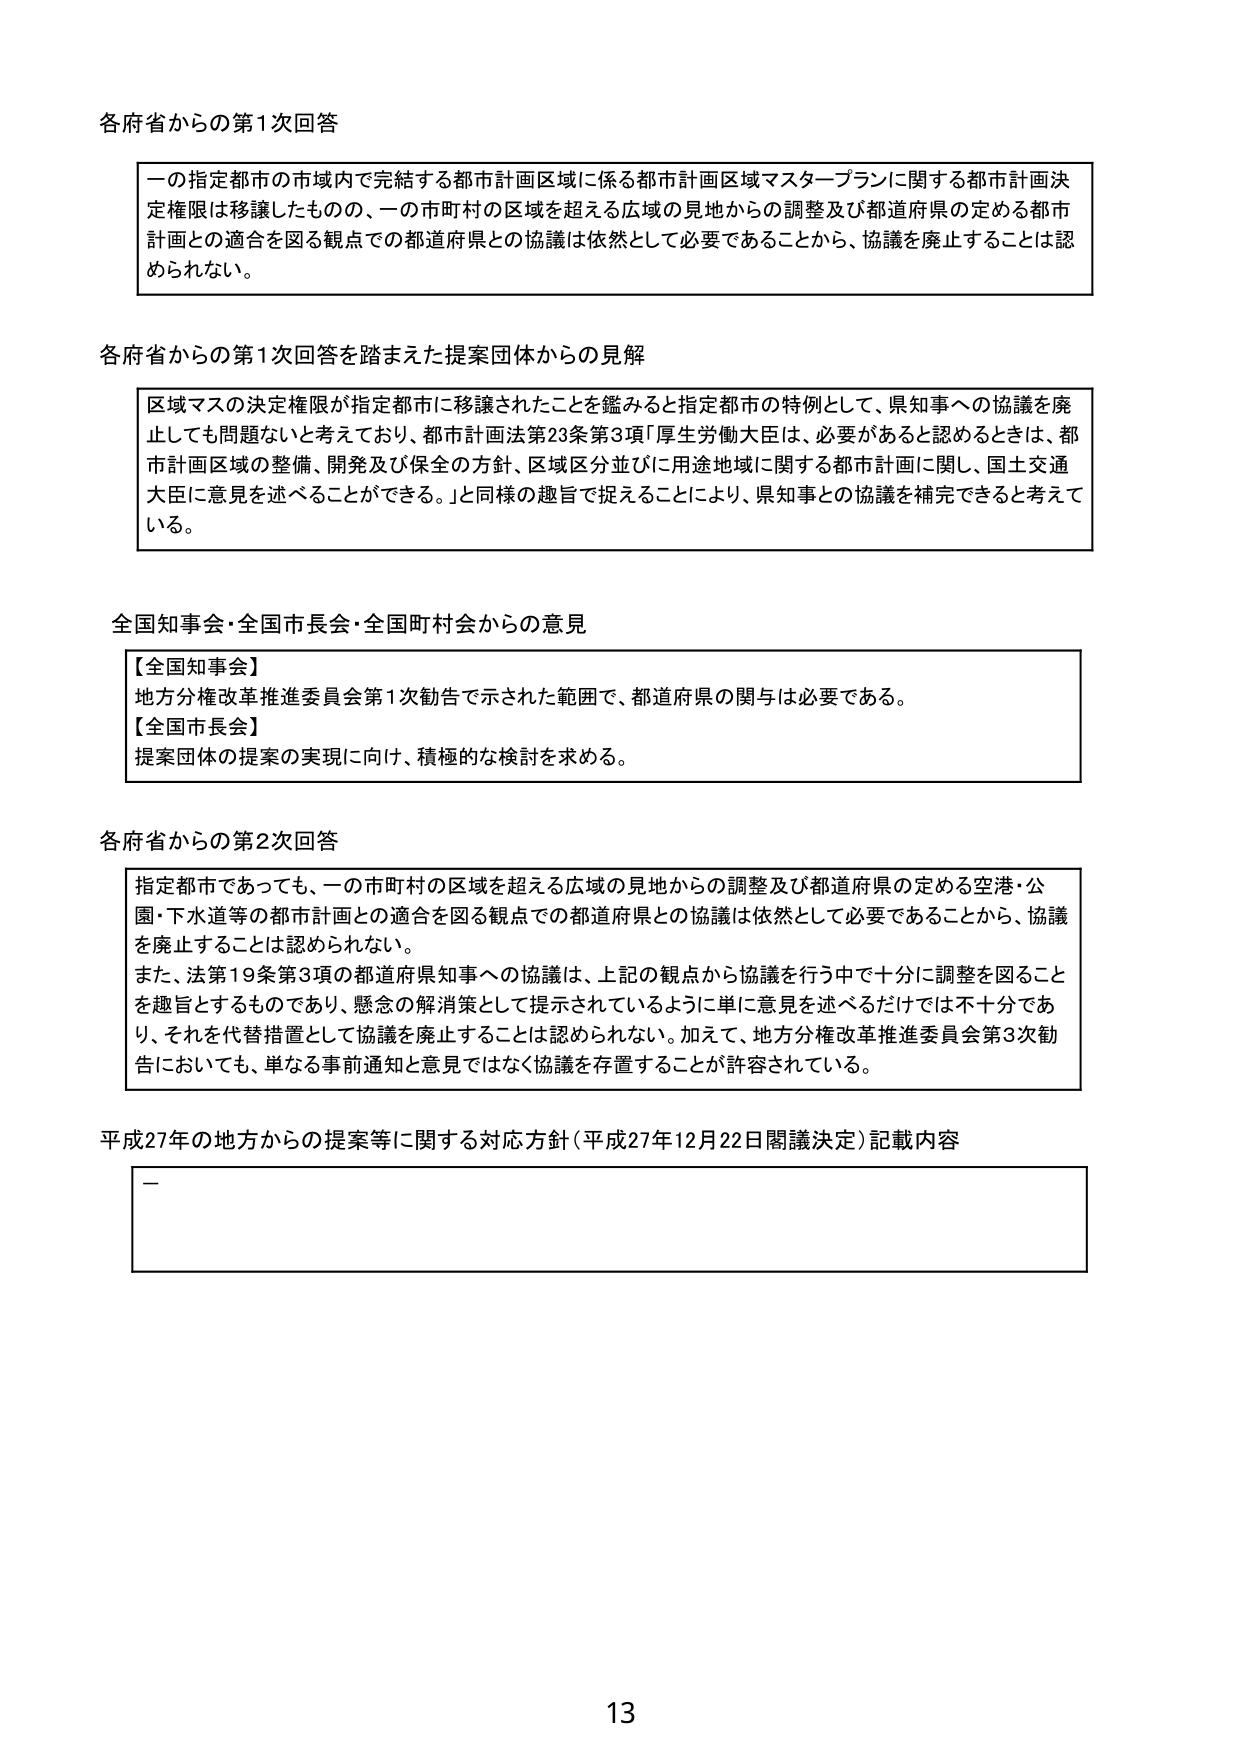
各府省からの第1次回答

一の指定都市の市域内で完結する都市計画区域に係る都市計画区域マスタープランに関する都市計画決定権限は移譲したもの、一の市町村の区域を超える広域の見地からの調整及び都道府県の定める都市計画との適合を図る観点での都道府県との協議は依然として必要であることから、協議を廃止することは認められない。

各府省からの第1次回答を踏まえた提案団体からの見解

区域マスの決定権限が指定都市に移譲されたことを鑑みると指定都市の特例として、県知事への協議を廃止しても問題ないと考えており、都市計画法第23条第3項「厚生労働大臣は、必要があると認めるときは、都市計画区域の整備、開発及び保全の方針、区域区分並びに用途地域に関する都市計画に関し、国土交通大臣に意見を述べることができる。」と同様の趣旨で捉えることにより、県知事との協議を補完できると考えている。

全国知事会・全国市長会・全国町村会からの意見

【全国知事会】
地方分権改革推進委員会第1次勧告で示された範囲で、都道府県の関与は必要である。
【全国市長会】
提案団体の提案の実現に向け、積極的な検討を求める。

各府省からの第2次回答

指定都市であっても、一の市町村の区域を超える広域の見地からの調整及び都道府県の定める空港・公園・下水道等の都市計画との適合を図る観点での都道府県との協議は依然として必要であることから、協議を廃止することは認められない。
また、法第19条第3項の都道府県知事への協議は、上記の観点から協議を行う中で十分に調整を図ることを趣旨とするものであり、懸念の解消策として提示されているように単に意見を述べるだけでは不十分であり、それを代替措置として協議を廃止することは認められない。加えて、地方分権改革推進委員会第3次勧告においても、単なる事前通知と意見ではなく協議を存置することが許容されている。

平成27年の地方からの提案等に関する対応方針（平成27年12月22日閣議決定）記載内容

—

13